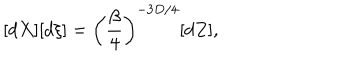
[ d X ] [ d \xi ] = \left( \frac { \beta } { 4 } \right) ^ { - 3 D / 4 } [ d Z ] ,